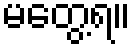
မတွေ့ရ။